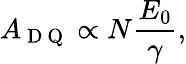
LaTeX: A_{\mathrm{~D~Q~}}\propto N\frac{E_{0}}{\gamma},